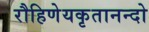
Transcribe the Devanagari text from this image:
रौहिणेयकृतानन्दो